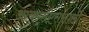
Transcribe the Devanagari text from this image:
आयएसएससाठी